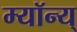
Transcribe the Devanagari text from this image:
म्यॉन्य्